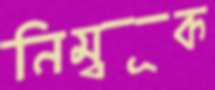
নিম্বূক